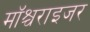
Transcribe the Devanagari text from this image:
मॉश्चराइजर